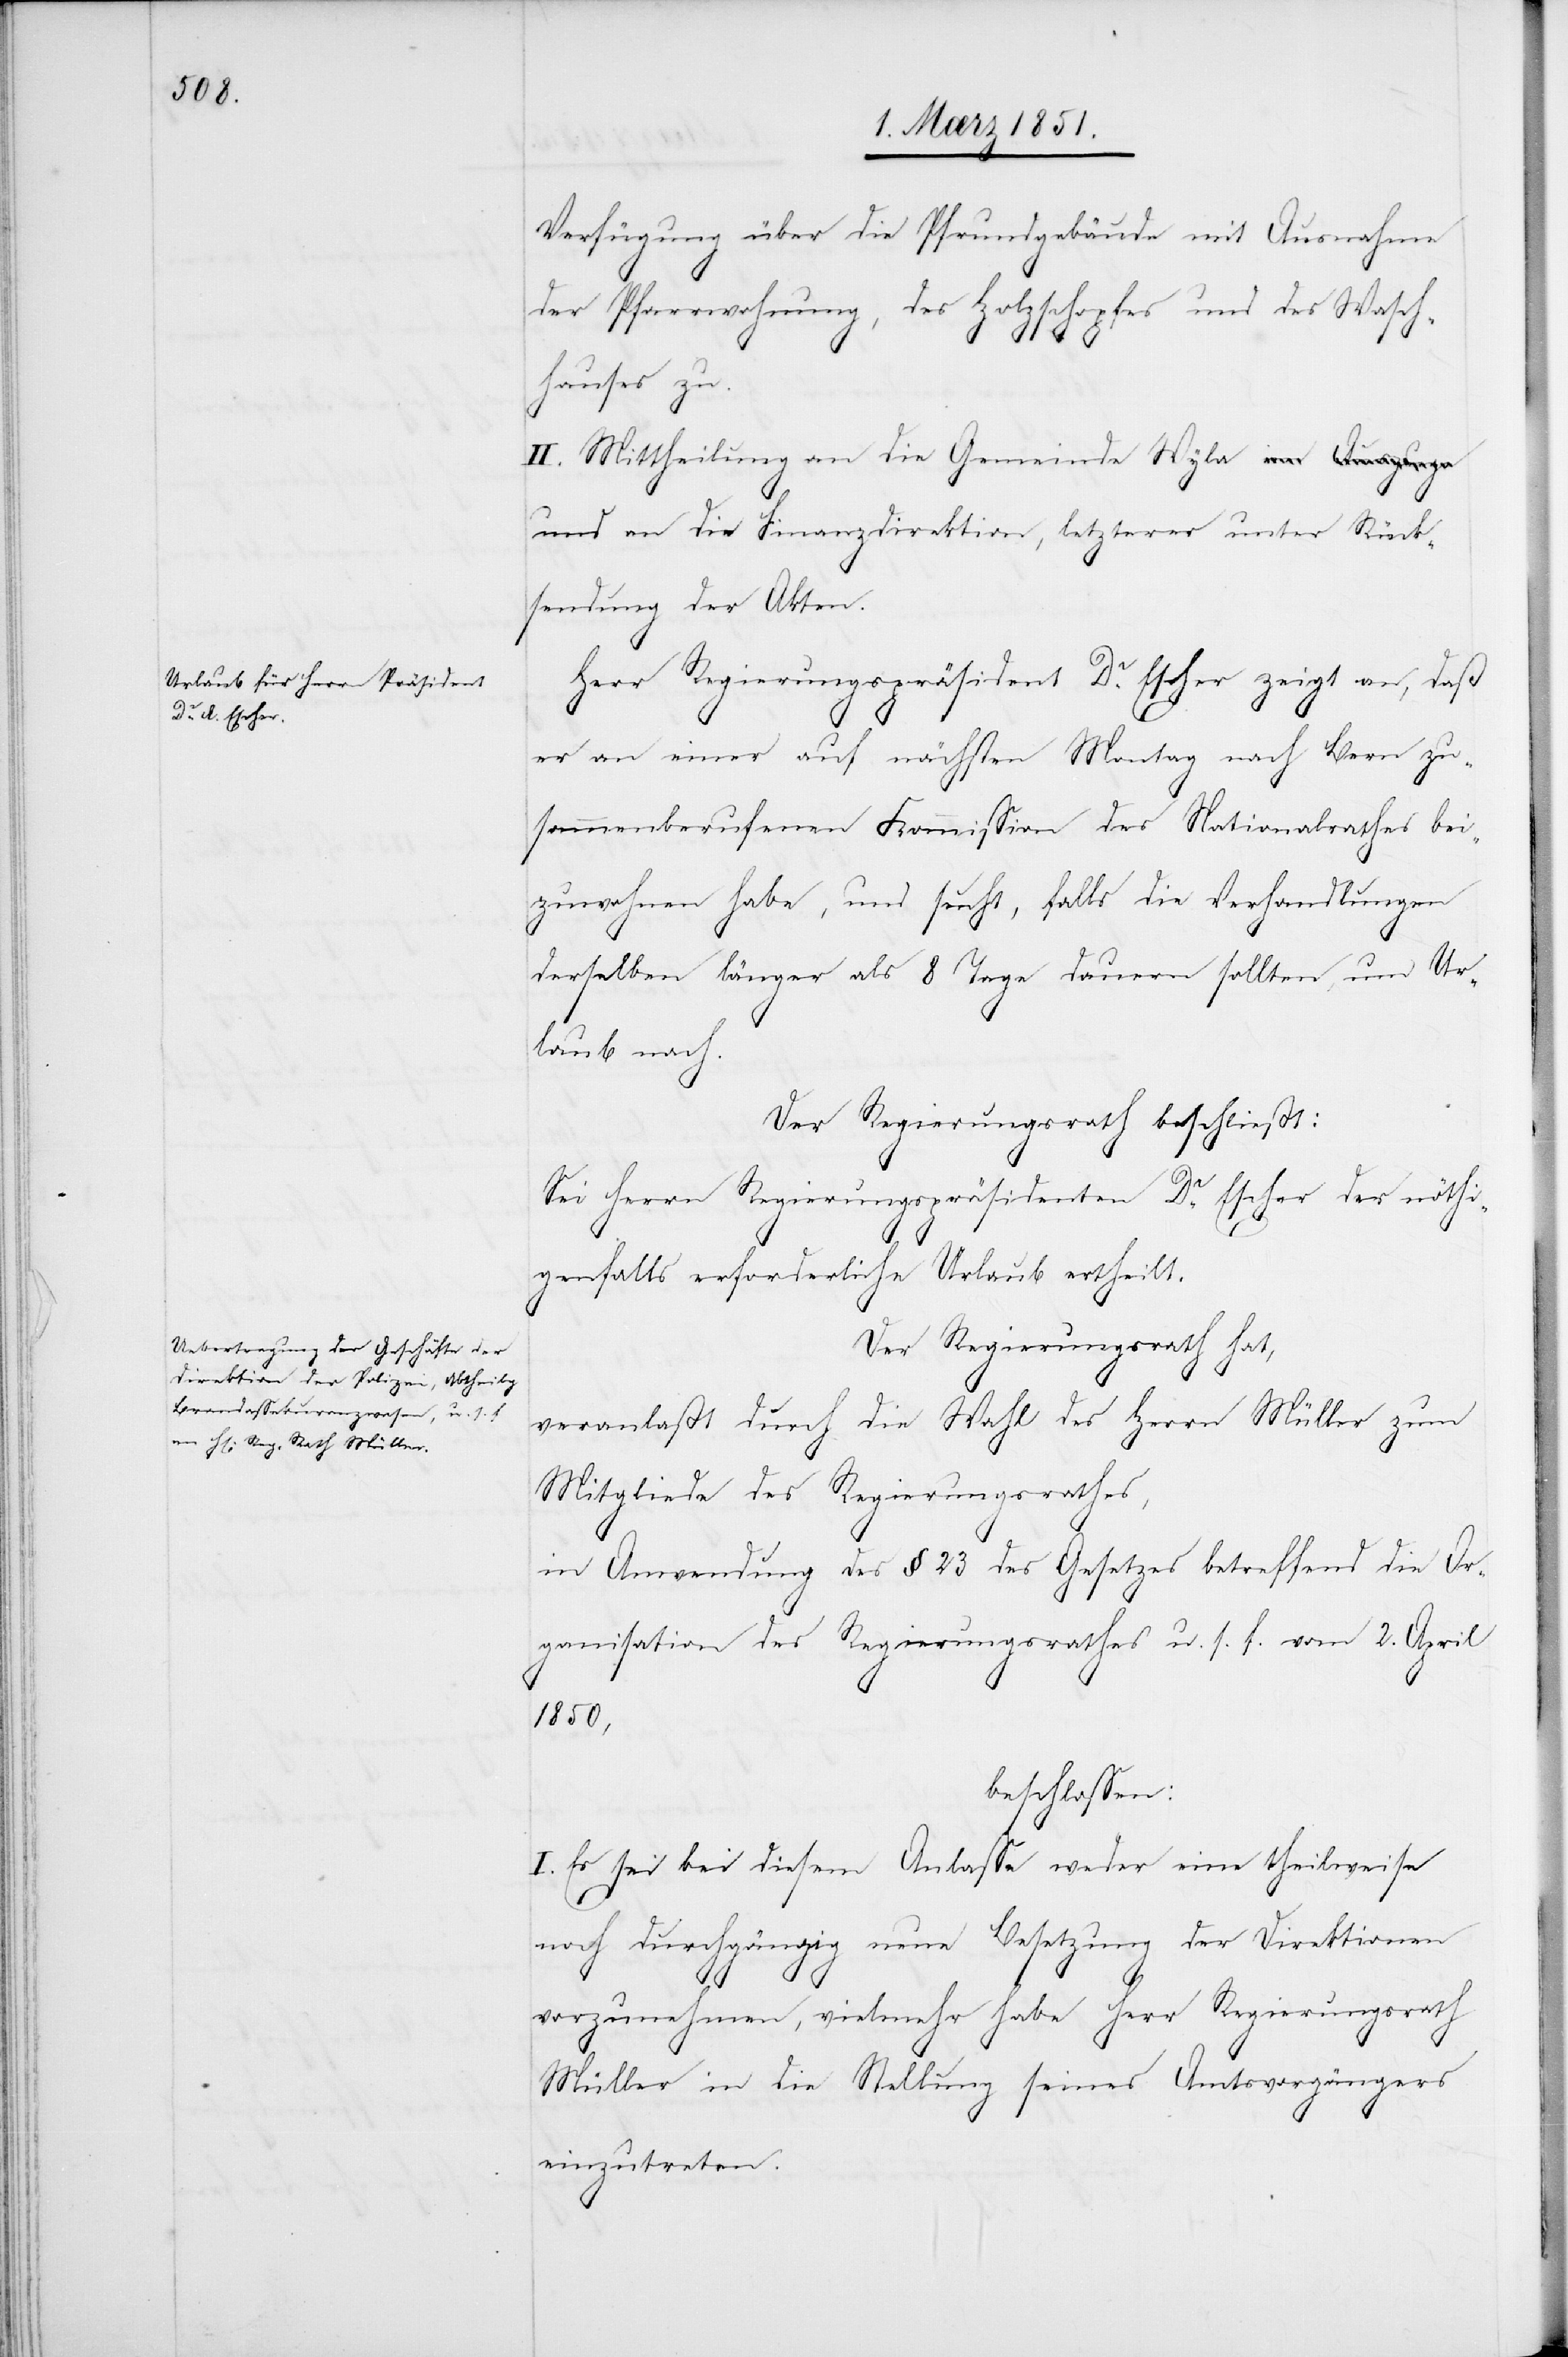
Verfügung über die Pfrundgebäude mit Ausnahme
der Pfarrwohnung, des Holzschopfes und des Wasch¬
hauses zu.
II. Mittheilung an die Gemeinde Wyla u¬
nd an die Finanzdirektion, letzterer unter Rück¬
sendung der Akten.
Herr Regierungspräsident Dr. Escher zeigt an, daß
er an einer auf nächsten Montag nach Bern zu¬
sammenberufenen Kommission des Nationalrathes bei¬
zuwohnen habe, und sucht, falls die Verhandlungen
derselben länger als 8 Tage dauern sollten, um Ur¬
laub nach.
Der Regierungsrath beschließt:
Sei Herrn Regierungspräsidenten Dr. Escher der nöthi¬
genfalls erforderliche Urlaub ertheilt.
Der Regierungsrath hat,
veranlaßt durch die Wahl des Herrn Müller zum
Mitgliede des Regierungsrathes,
in Anwendung des § 23 des Gesetzes betreffend die Or¬
ganisation des Regierungsrathes u. s. f. vom 2. April
1850,
beschlossen:
I. Es sei bei diesem Anlasse weder eine theilweise
noch durchgängig neue Besetzung der Direktionen
vorzunehmen, vielmehr habe Herr Regierungsrath
Müller in die Stellung seines Amtsvorgängers
einzutreten.